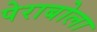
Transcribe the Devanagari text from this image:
पेराबोला